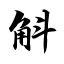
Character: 斛